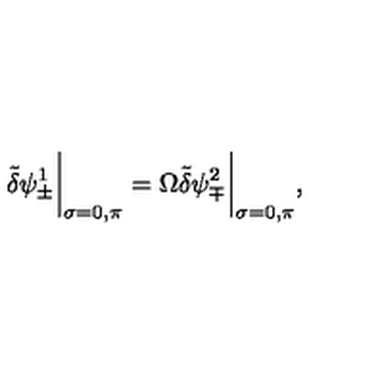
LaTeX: \tilde { \delta } \psi _ { \pm } ^ { 1 } \bigg | _ { \sigma = 0 , \pi } = \Omega \tilde { \delta } \psi _ { \mp } ^ { 2 } \bigg | _ { \sigma = 0 , \pi } ,